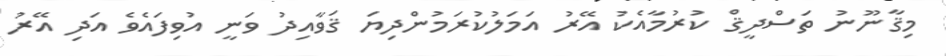
މިޤާނޫނު ތަސްދީޤް ކުރުމާއެކު އޭރު އަމަލުކުރަމުންދިޔަ ޤަވާއިދު ވަނީ އުވިފައެވެ އަދި އޭރު